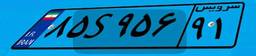
۷۳S۳۹۷۰۳